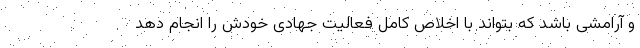
و آرامشی باشد که بتواند با اخلاص کامل فعالیت جهادی خودش را انجام دهد